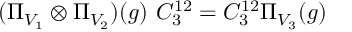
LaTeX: ( \Pi _ { V _ { 1 } } \otimes \Pi _ { V _ { 2 } } ) ( g ) \ C _ { 3 } ^ { 1 2 } = C _ { 3 } ^ { 1 2 } \Pi _ { V _ { 3 } } ( g )